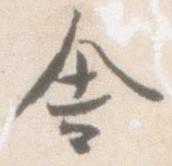
舎